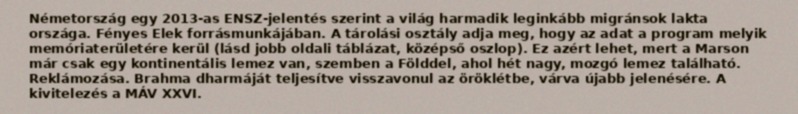
Németország egy 2013-as ENSZ-jelentés szerint a világ harmadik leginkább migránsok lakta országa. Fényes Elek forrásmunkájában. A tárolási osztály adja meg, hogy az adat a program melyik memóriaterületére kerül (lásd jobb oldali táblázat, középső oszlop). Ez azért lehet, mert a Marson már csak egy kontinentális lemez van, szemben a Földdel, ahol hét nagy, mozgó lemez található. Reklámozása. Brahma dharmáját teljesítve visszavonul az öröklétbe, várva újabb jelenésére. A kivitelezés a MÁV XXVI.